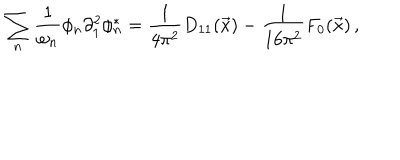
\sum _ { n } \frac { 1 } { \omega _ { n } } \phi _ { n } \partial _ { 1 } ^ { 2 } \phi _ { n } ^ { * } = \frac { 1 } { 4 \pi ^ { 2 } } D _ { 1 1 } ( \vec { x } ) - \frac { 1 } { 1 6 \pi ^ { 2 } } F _ { 0 } ( \vec { x } ) \, ,